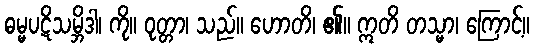
ဓမ္မပဋိသမ္ဘိဒါ၊ ကို။ ဝုတ္တာ၊ သည်။ ဟောတိ၊ ၏။ ဣတိ တသ္မာ၊ ကြောင့်။